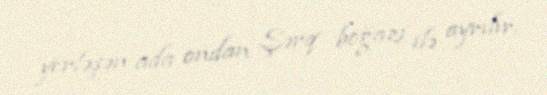
yerləşən ada ondan Şərq boğazı ilə ayrılır.